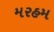
મરહમ